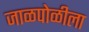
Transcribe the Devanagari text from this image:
जाळपोळीला